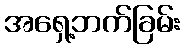
အရှေ့ဘက်ခြမ်း